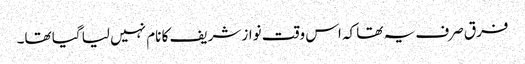
فرق صرف یہ تھا کہ اس وقت نواز شریف کا نام نہیں لیا گیا تھا۔